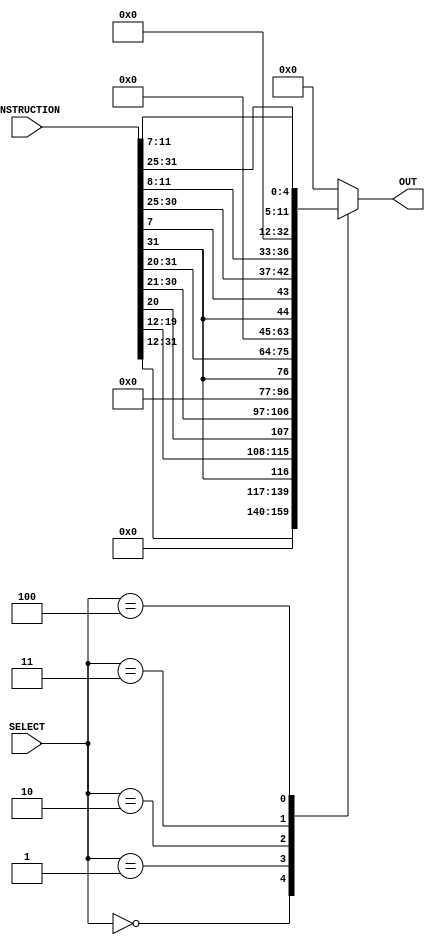
/////////////////////////////////////////////
// Advanced Computer Architecture (CO502)  //
// Design : Immediate generation module    // 
// Group  : 2                              //
/////////////////////////////////////////////

`timescale 1ns/100ps

module immediate_generation_unit (INSTRUCTION, SELECT, OUT);
    // Define input/output ports
    input [31:0] INSTRUCTION;  // 32-bit instruction input
    input [2:0] SELECT;       // Select control input
    output reg [31:0] OUT;    // Output for the selected immediate value

    // Extract relevant parts of the instruction
    wire [31:0] U_IMM = {INSTRUCTION[31:12], 12'b0};  // U-type immediate
    wire [31:0] J_IMM = {INSTRUCTION[31], INSTRUCTION[19:12], INSTRUCTION[20], INSTRUCTION[30:21], 1'b0};  // J-type immediate
    wire [31:0] I_IMM = {INSTRUCTION[31], INSTRUCTION[31:20]};  // I-type immediate
    wire [31:0] B_IMM = {INSTRUCTION[31], INSTRUCTION[7], INSTRUCTION[30:25], INSTRUCTION[11:8], 1'b0};  // B-type immediate
    wire [31:0] S_IMM = {INSTRUCTION[31], INSTRUCTION[30:25], INSTRUCTION[11:7]};  // S-type immediate

    // Assign to output based on the SELECT input
    always @ (*)
    begin
        case (SELECT)
            3'b000: OUT <= #1 U_IMM;  // Assign U-type immediate for SELECT = 000
            3'b001: OUT <= #1 J_IMM;  // Assign J-type immediate for SELECT = 001
            3'b010: OUT <= #1 I_IMM;  // Assign I-type immediate for SELECT = 010
            3'b011: OUT <= #1 B_IMM;  // Assign B-type immediate for SELECT = 011
            3'b100: OUT <= #1 S_IMM;  // Assign S-type immediate for SELECT = 100
            default: OUT <= #1 32'd0;  // Default: Set the output to 0
        endcase
    end

endmodule